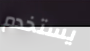
يستخدم